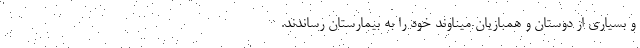
و بسیاری از دوستان و همبازیان میناوند خود را به بیمارستان رساندند.